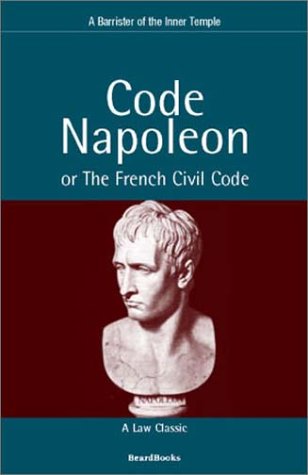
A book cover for Code Napoleon: Or the French Civil Code; Barrister of the Inner Temple; Law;